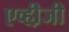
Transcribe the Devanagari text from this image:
एव्ही़जी